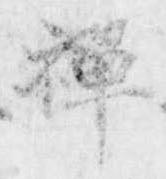
禅